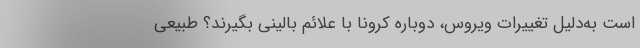
است به‌دلیل تغییرات ویروس، دوباره کرونا با علائم بالینی بگیرند؟ طبیعی